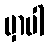
မှာပါ